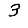
Digit: 3